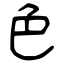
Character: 色